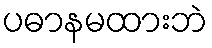
ပဓာနမထားဘဲ